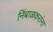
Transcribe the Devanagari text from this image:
निंबाळकरांना